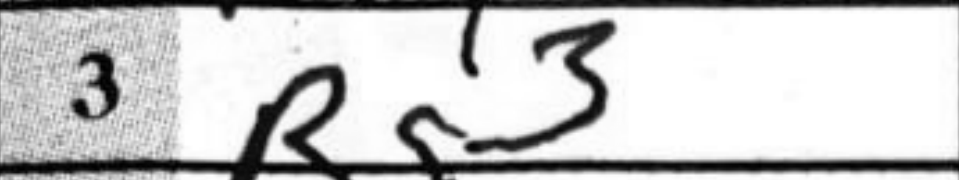
Transcription: Bg3